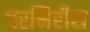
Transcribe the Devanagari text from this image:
परमिरीस